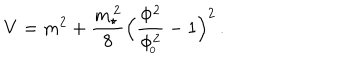
V = m ^ { 2 } + { \frac { m _ { \star } ^ { \, 2 } } { 8 } } \Big ( { \frac { \Phi ^ { 2 } } { \Phi _ { \! _ { 0 } } ^ { 2 } } } - 1 \Big ) ^ { 2 } \, .